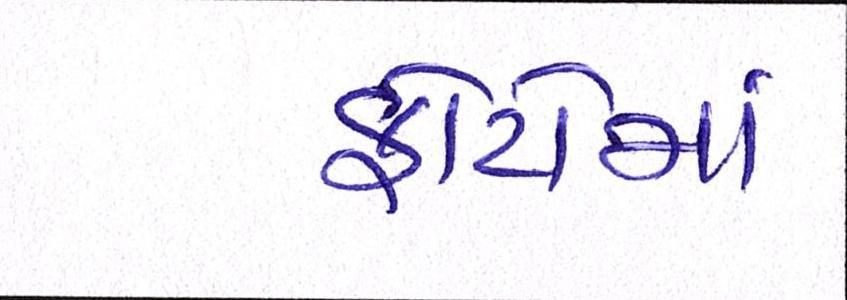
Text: ફોટોમાં